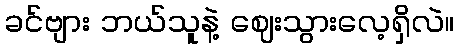
ခင်ဗျား ဘယ်သူနဲ့ ဈေးသွားလေ့ရှိလဲ။